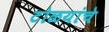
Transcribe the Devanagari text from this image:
टोळयांचे